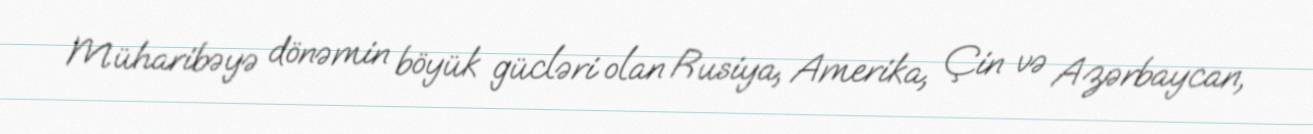
Müharibəyə dönəmin böyük gücləri olan Rusiya, Amerika, Çin və Azərbaycan,